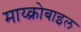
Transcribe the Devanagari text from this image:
माय्क्रोबाइल